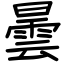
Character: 曇